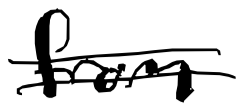
Text: from
Cross-out: mix
Writing tool: digital_black